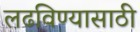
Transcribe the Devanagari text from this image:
लढविण्यासाठी